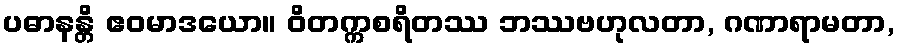
ပဓာနန္တိ ဧဝမာဒယော။ ဝိတက္ကစရိတဿ ဘဿဗဟုလတာ, ဂဏာရာမတာ,